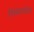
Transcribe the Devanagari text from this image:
सिबाज़ोल